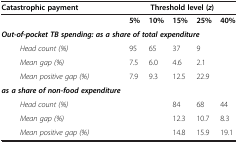
<table><thead><tr><td><b>Catastrophic payment</b></td><td colspan="5"><b>Threshold level ( <i>z </i>)</b></td></tr></thead><tbody><tr><td> </td><td><b>5%</b></td><td><b>10%</b></td><td><b>15%</b></td><td><b>25%</b></td><td><b>40%</b></td></tr><tr><td colspan="6"><b><i>Out-of-pocket TB spending: as a share of total expenditure</i></b></td></tr><tr><td><i>Head count (%)</i></td><td>95</td><td>65</td><td>37</td><td>9</td><td> </td></tr><tr><td><i>Mean gap (%)</i></td><td>7.5</td><td>6.0</td><td>4.6</td><td>2.1</td><td> </td></tr><tr><td><i>Mean positive gap (%)</i></td><td>7.9</td><td>9.3</td><td>12.5</td><td>22.9</td><td> </td></tr><tr><td><b><i>as a share of non-food expenditure</i></b></td><td> </td><td> </td><td> </td><td> </td><td> </td></tr><tr><td><i>Head count (%)</i></td><td> </td><td> </td><td>84</td><td>68</td><td>44</td></tr><tr><td><i>Mean gap (%)</i></td><td> </td><td> </td><td>12.3</td><td>10.7</td><td>8.3</td></tr><tr><td><i>Mean positive gap (%)</i></td><td> </td><td> </td><td>14.8</td><td>15.9</td><td>19.1</td></tr></tbody></table>